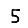
Digit: 5